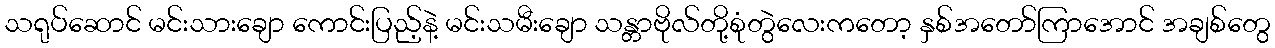
သရုပ်ဆောင် မင်းသားချော ကောင်းပြည့်နဲ့ မင်းသမီးချော သန္တာဗိုလ်တို့စုံတွဲလေးကတော့ နှစ်အတော်ကြာအောင် အချစ်တွေ